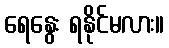
ရေနွေး ရနိုင်မလား။